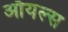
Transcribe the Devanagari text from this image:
ऑयल्स